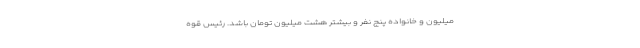
میلیون و خانواده پنج نفر و بیشتر هشت میلیون تومان باشد. رئیس قوه